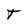
Character: T